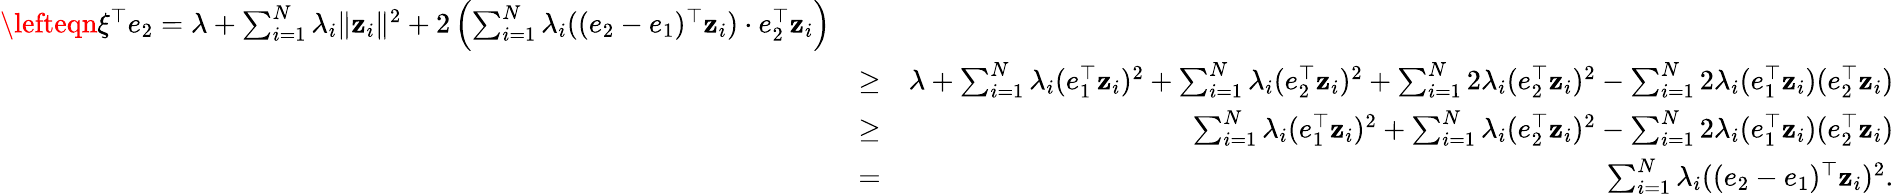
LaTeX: \begin{array}{rlr}{\lefteqn{\xi^{\top}e_{2}=\lambda+\sum_{i=1}^{N}\lambda_{i}\| \mathbf z_{i}\| ^{2}+2\left(\sum_{i=1}^{N}\lambda_{i}((e_{2}-e_{1})^{\top}\mathbf z_{i})\cdot e_{2}^{\top}\mathbf z_{i}\right)}}\\ &{\geq}&{\lambda+\sum_{i=1}^{N}\lambda_{i}(e_{1}^{\top}\mathbf z_{i})^{2}+\sum_{i=1}^{N}\lambda_{i}(e_{2}^{\top}\mathbf z_{i})^{2}+\sum_{i=1}^{N}2\lambda_{i}(e_{2}^{\top}\mathbf z_{i})^{2}-\sum_{i=1}^{N}2\lambda_{i}(e_{1}^{\top}\mathbf z_{i})(e_{2}^{\top}\mathbf z_{i})}\\ &{\geq}&{\sum_{i=1}^{N}\lambda_{i}(e_{1}^{\top}\mathbf z_{i})^{2}+\sum_{i=1}^{N}\lambda_{i}(e_{2}^{\top}\mathbf z_{i})^{2}-\sum_{i=1}^{N}2\lambda_{i}(e_{1}^{\top}\mathbf z_{i})(e_{2}^{\top}\mathbf z_{i})}\\ &{=}&{\sum_{i=1}^{N}\lambda_{i}((e_{2}-e_{1})^{\top}\mathbf z_{i})^{2}.}\end{array}